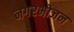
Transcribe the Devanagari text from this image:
नगरभोजन